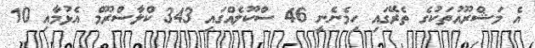
އެ މަޝްރޫއުތަކުގެ ތެރޭގައި ހިމެނެނީ 46 ސްކޫލެއްގައި 343 ކްލާސްރޫމް އެޅުމާއި 10